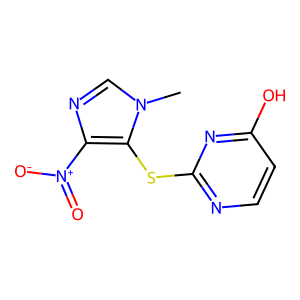
SMILES: Cn1cnc([N+](=O)[O-])c1Sc1nccc(O)n1
Inhibits HIV replication: No